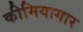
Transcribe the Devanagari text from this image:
कीमियागार